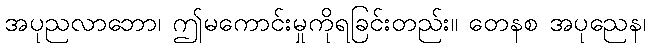
အပုညလာဘော၊ ဤမကောင်းမှုကိုရခြင်းတည်း။ တေနစ အပုညေန၊